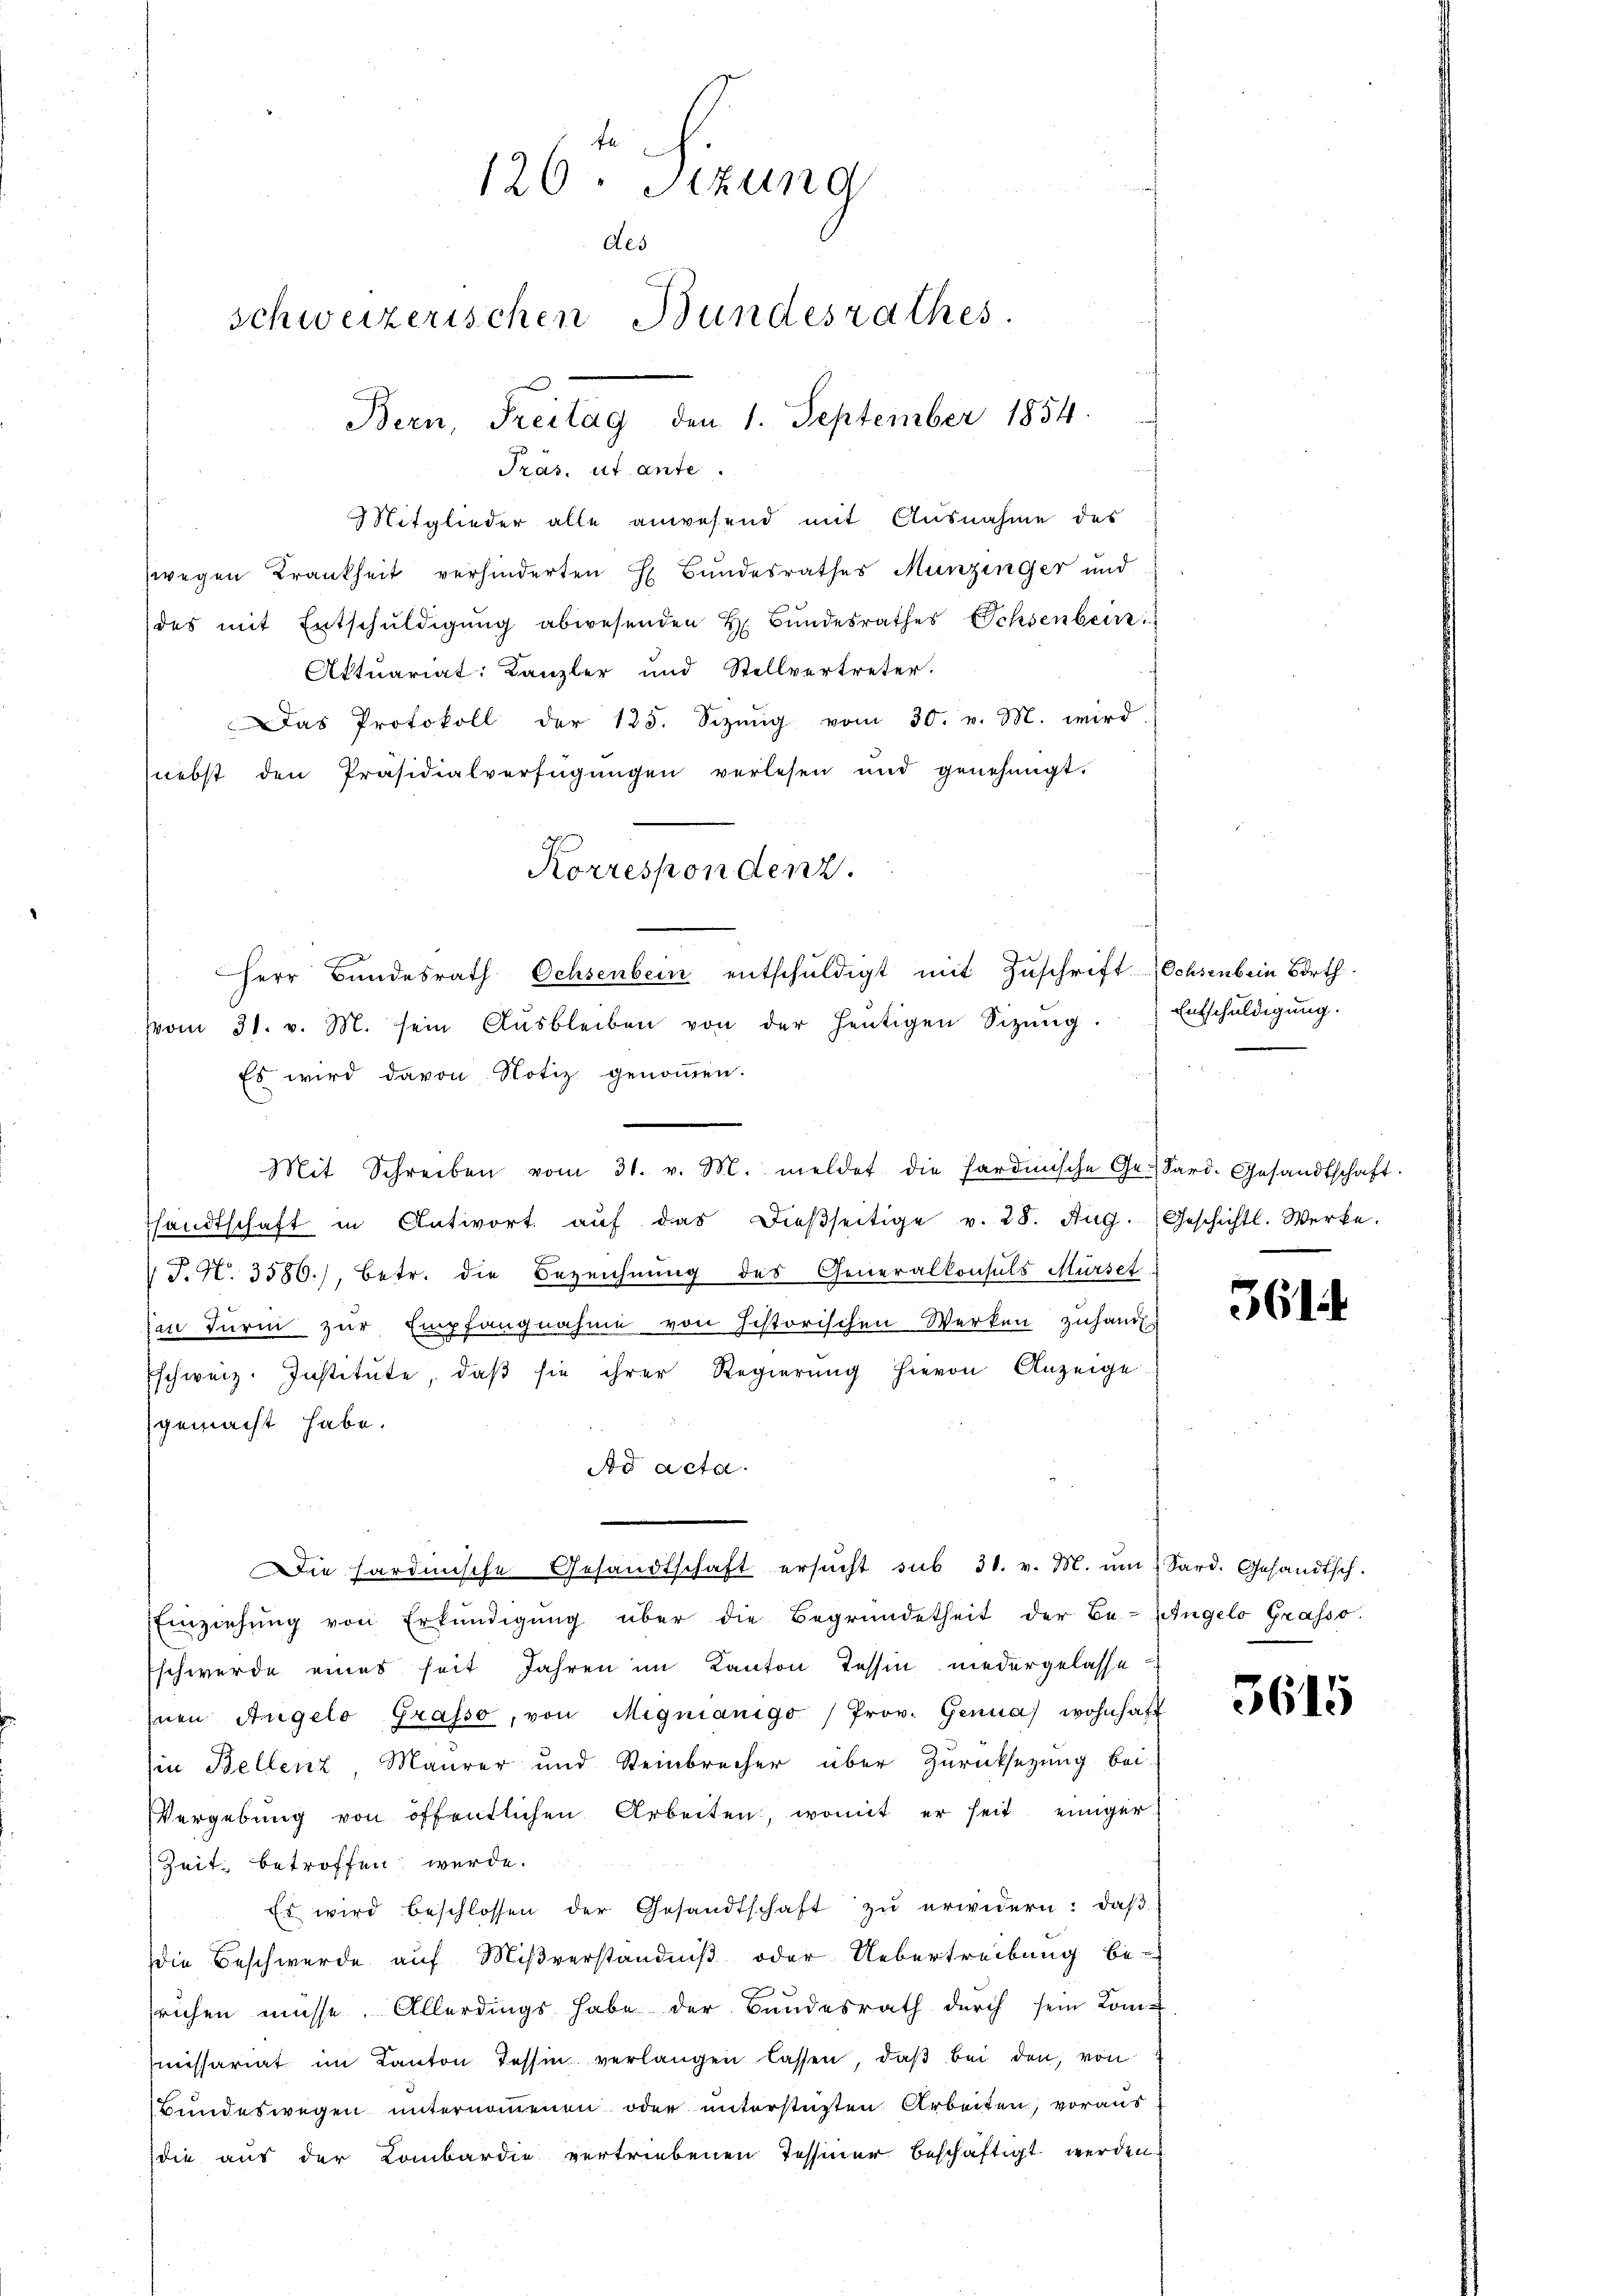
te
126. Sitzung
des
schweizerischen Bundesrathes
Bern, Freitag den 1. September 1854.

Präs. ut ante.
Mitglieder alle anwesend mit Ausnahme des
wegen Krankheit verhinderten H. Bundesrathes Munzinger und
des mit Entschuldigung abwesenden H. Bŭndesrathes Ochsenbein
Aktuariat: Kanzler und Stellvertreter.
Das Protokoll der 125. Sizŭng vom 30. v. M. wird
nebst den Präsidialverfügŭngen verlesen und genehmigt.
vvom 31. v. M. sein Aŭsbleiben von der heŭtigen Sizŭng.
Es wird davon Notiz genommen.
Thandtschaft in Antwort aŭf das dieβseitige v. 28. Aug. (Geschichtl. Werke.
 J. N. 3586), betr. die Bezeichnung des Generalkonsuls Mürset
zan Turm zur Empfangnahme von historischen Werken zuhand¬
Eschweiz. Institute, daβ sie ihrer Regierŭng hievon Anzeige
gemacht habe.
Ad acta
Die hardinische Gesandtschaft ersŭcht sub 31. v. M. ŭm Sard. Gesandtsch.
Einziehŭng von Erkŭndigŭng über die Begründetheit der Be-Zungelo Grasso.
Eschwerde eines seit Jahren im Kanton Tessin niedergelasse
nen Angelo Grafso, von Mignianigo (Prov. Genua, wohnhaft
in Bellenz, Maurer und Steinbrecher über Zurücksezung bei-
Vergebung von öffentlichen Arbeiten, womit er seit einiger
Zeit betroffen werde.
Es wird beschlossen der Gesandtschaft zŭ erwidern: daβ
die Beschwerde auf Mißverständniß oder Uebertreibung be-
ruchen müsse. Allerdings habe der Bundesrath durch sein Kom-
missariat im Kanton Tessin verlangen lassen, daß bei den, von
Bundeswegen unternommenen oder unterstüzten Arbeiten, voraus
die aus der Lombardie vertriebenen Tessiner beschäftigt werden

Korrespondenz.

Herr Bŭndesrath Ochsenbein entschŭldigt mit Zŭschrift Ochsenbein Borth

Mit Schreiben vom 31. v. M. meldet die Pardische Ge-Sard. Gesandtschaft.

Entschuldigung.

361

3615